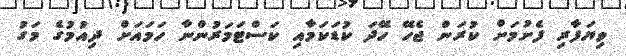
ވިޔަފާރި ފެށުމަށް ކުރަން ޖެހޭ ހޭދަ ކުޑަކަމާއި ކަސްޓަމަރުންނާ ހަމައަށް ދިއުމުގެ މަގު